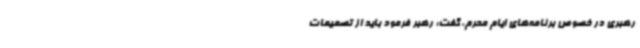
رهبری در خصوص برنامه‌های ایام محرم، گفت: رهبر فرمود باید از تصمیمات